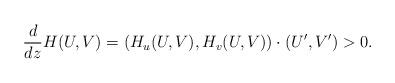
LaTeX: \begin{align*}\frac{d}{d z}H(U,V)=(H_u(U,V),H_v(U,V))\cdot(U',V')>0.\end{align*}